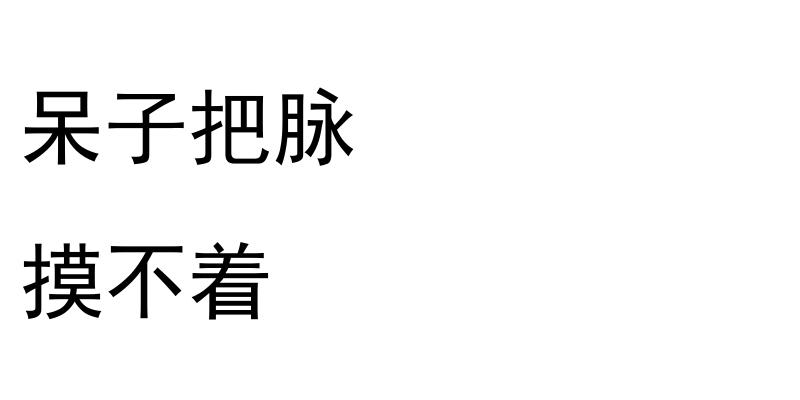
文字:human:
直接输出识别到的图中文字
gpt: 呆子把脉 摸不着